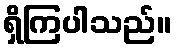
ရှိကြပါသည်။